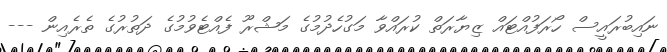
ނައިބުރައީސް ހޯރަފުއްޓައް ޒިޔާރަތް ކުރައްވާ މަގުހެދުމުގެ މަޝްރޫ ފެއްޓެވުމުގެ ދަތުރުގެ ތެރެއިން ---